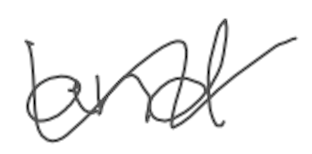
Text: and
Cross-out: wave
Writing tool: digital_gray